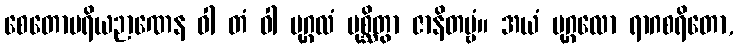
စေတောပရိယဉာဏေန ဝါ တံ ဝါ ပုဂ္ဂလံ ပုစ္ဆိတွာ ဇာနိတဗ္ဗံ။ အယံ ပုဂ္ဂလော ရာဂစရိတော,